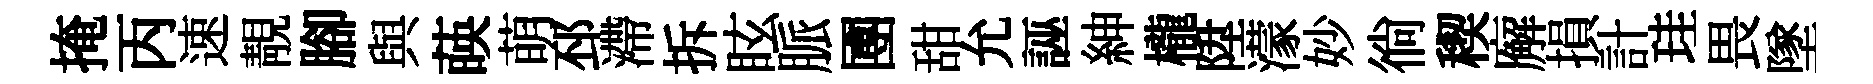
掩丙速靚腳與𦴤萌邳滯拆眩脈圑甜允誣紳櫳陞濛妙徜稧廨損計珪畏墜